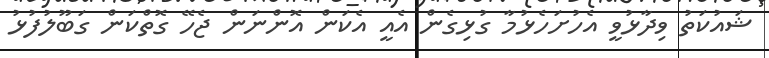
ޝައުކަތު ވިދާޅުވީ އެހުށަހެޅުމާ ގުޅިގެން އެއީ އެކަން އޮންނަން ޖެހޭ ގޮތްކަން ގަބޫލުފުޅު